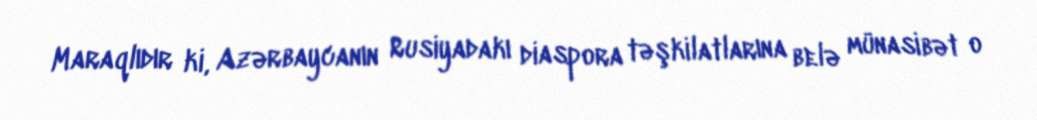
Maraqlıdır ki, Azərbaycanın Rusiyadakı diaspora təşkilatlarına belə münasibət o